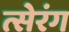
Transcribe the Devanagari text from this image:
त्सेरंग